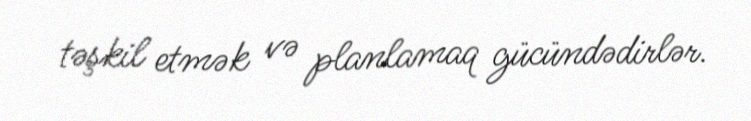
təşkil etmək və planlamaq gücündədirlər.